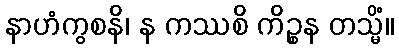
နာဟံကွစနိ၊ န ကဿစိ ကိဉ္စန တသ္မိံ။